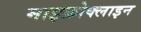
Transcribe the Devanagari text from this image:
माइक्रोक्लाइन